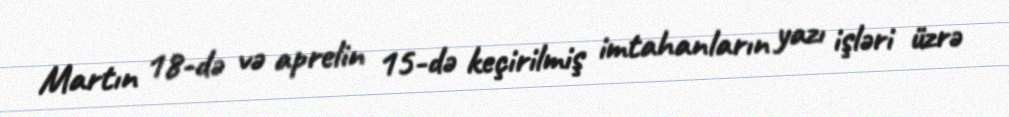
Martın 18-də və aprelin 15-də keçirilmiş imtahanların yazı işləri üzrə